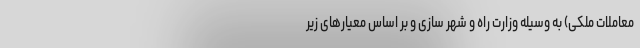
معاملات ملکی) به وسیله وزارت راه و شهر سازی و بر اساس معیارهای زیر